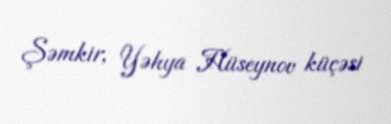
Şəmkir, Yəhya Hüseynov küçəsi